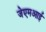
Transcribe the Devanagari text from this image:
जेएमआई